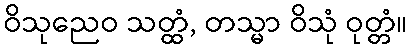
ဝိသုညေဝ သတ္ထံ, တသ္မာ ဝိသုံ ဝုတ္တံ။